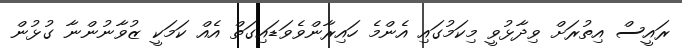
ރައީސް އިތުރަށް ވިދާޅުވީ މިކަމުގައި އެންމެ ހައިރާންވެވަޑައިގަތް އެއް ކަމަކީ ޒުވާނުންނާ ގުޅުން